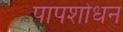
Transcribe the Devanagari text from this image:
पापशोधन